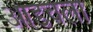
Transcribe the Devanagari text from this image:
आडवला